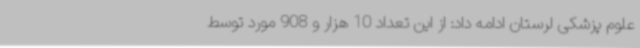
علوم پزشکی لرستان ادامه داد: از این تعداد 10 هزار و 908 مورد توسط